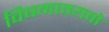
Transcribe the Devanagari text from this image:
विषमावयवो